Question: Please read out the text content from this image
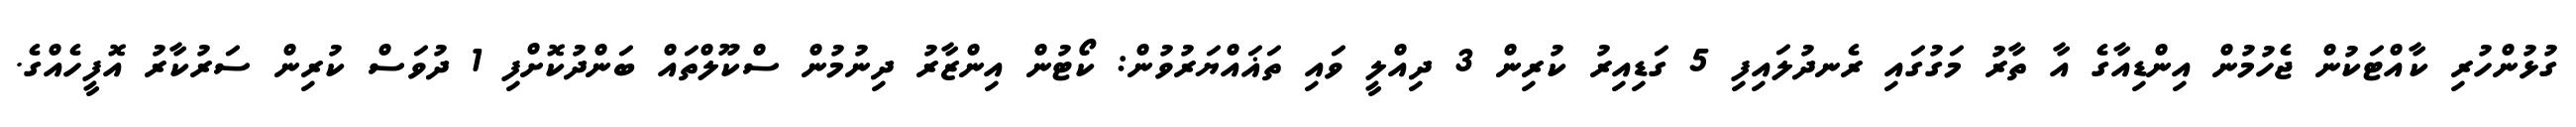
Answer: ގުޅުންހުރި ކާއްޓަކުން ޖެހުމުން އިންޑިއާގެ އާ ތާރު މަގުގައި ރެނދުލައިފި 5 ގަޑިއިރު ކުރިން 3 ދިއްލީ ވައި ތަޣައްޔަރުވުން: ކޯޓުން އިންޒާރު ދިނުމުން ސްކޫލްތައް ބަންދުކޮށްފި 1 ދުވަސް ކުރިން ސަރުކާރު އޮފީހެއްގެ.